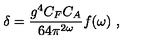
\delta = { \frac { g ^ { 4 } C _ { F } C _ { A } } { 6 4 \pi ^ { 2 \omega } } } f ( \omega ) \ ,